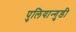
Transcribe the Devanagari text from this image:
पुलियान्गुडी